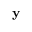
\bf { y }